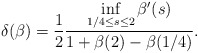
\begin{align*} \begin{aligned} \delta(\beta)= \frac{1}{2}\frac{\inf\limits_{1/4\leq s\leq 2}\beta'(s)}{1+\beta(2)-\beta(1/4)}. \end{aligned} \end{align*}